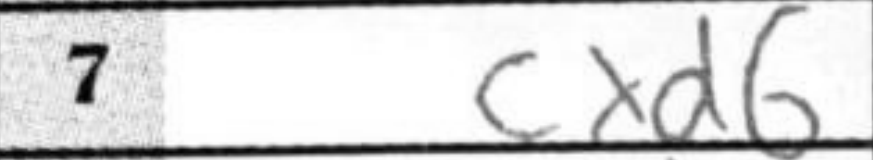
Transcription: cxd6